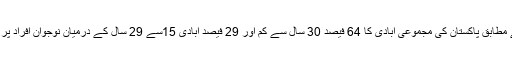
رپورٹ کے مطابق پاکستان کی مجموعی آبادی کا 64 فیصد 30 سال سے کم اور 29 فیصد آبادی 15سے 29 سال کے درمیان نوجوان افراد پر مشتمل ہے۔